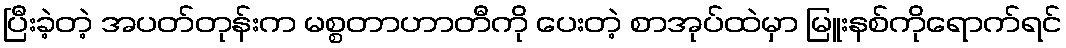
ပြီးခဲ့တဲ့ အပတ်တုန်းက မစ္စတာဟာတီကို ပေးတဲ့ စာအုပ်ထဲမှာ မြူးနစ်ကိုရောက်ရင်